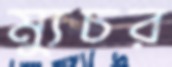
ম্যুচর